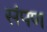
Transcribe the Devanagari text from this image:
संपण